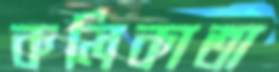
কলিকাতা